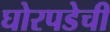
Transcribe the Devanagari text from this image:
घोरपडेची